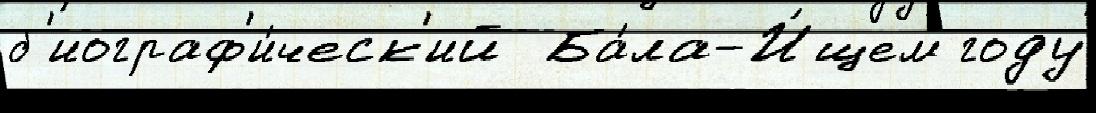
б'иограф'и́ческ'ий  Ба́ла-И́щем году